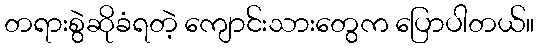
တရားစွဲဆိုခံရတဲ့ ကျောင်းသားတွေက ပြောပါတယ်။